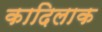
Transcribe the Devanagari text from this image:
कादिलाक